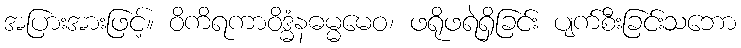
အပြားအားဖြင့်။ ဝိကိရကာဝိဒ္ဓံနဓမ္မမေဝ၊ ဖရိုဖရဲရှိခြင်း ပျက်စီးခြင်းသဘော